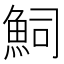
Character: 𮫴